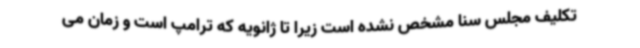
تکلیف مجلس سنا مشخص نشده است زیرا تا ژانویه که ترامپ است و زمان می